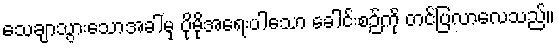
သေချာသွားသောအခါမှ ပိုမိုအရေးပါသော ခေါင်းစဉ်ကို တင်ပြလာလေသည်။